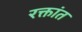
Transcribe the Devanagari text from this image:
रक्तांत